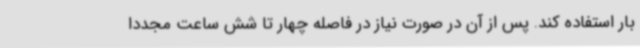
بار استفاده کند. پس از آن در صورت نیاز در فاصله چهار تا شش ساعت مجددا